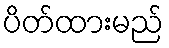
ပိတ်ထားမည်